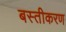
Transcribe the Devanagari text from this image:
बस्तीकरण